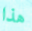
هذا